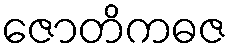
ဇောတိကဓဇ